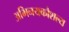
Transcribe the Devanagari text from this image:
अभिनयकौशल्य